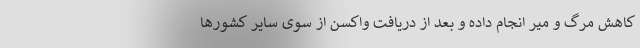
کاهش مرگ و میر انجام داده و بعد از دریافت واکسن از سوی سایر کشورها